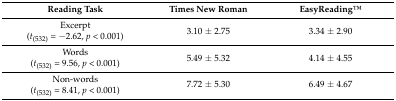
<table><thead><tr><td><b>Reading Task</b></td><td><b>Times New Roman</b></td><td><b>EasyReadingTM</b></td></tr></thead><tbody><tr><td>Excerpt (<i>t</i><sub>(532)</sub> = −2.62, <i>p</i> &lt; 0.001) </td><td>3.10 ± 2.75 </td><td>3.34 ± 2.90 </td></tr><tr><td>Words (<i>t</i><sub>(532)</sub> = 9.56, <i>p</i> &lt; 0.001) </td><td>5.49 ± 5.32 </td><td>4.14 ± 4.55 </td></tr><tr><td>Non-words (<i>t</i><sub>(532)</sub> = 8.41, <i>p</i> &lt; 0.001) </td><td>7.72 ± 5.30 </td><td>6.49 ± 4.67 </td></tr></tbody></table>